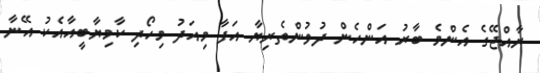
ރާއްޖޭގެ އެންމެ ބާރު އަންހެން ދުވުންތެރިޔާ އަފާ މިއަދު މިހޯދި ކާމިޔާބީއާއެކު އޭނާ